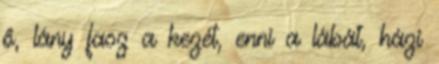
ő, lány fasz a kezét, enni a lábát, házi